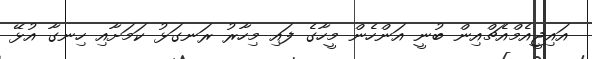
އައިޖީއެމްއެޗްއިން ބުނީ އަންހެން މީހާގެ ފައި މިހާރު ރަނގަޅު ކަމަށާއި ހިނގާ އުޅޭ